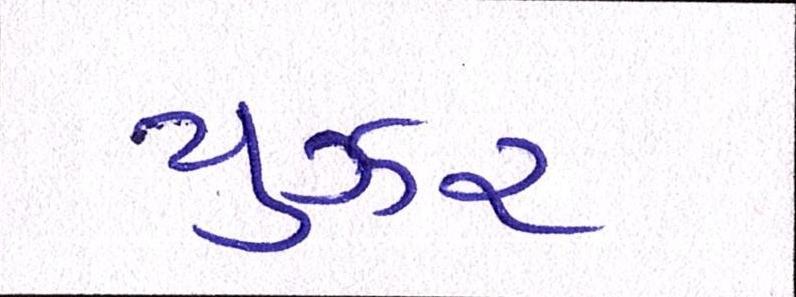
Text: યુઝર